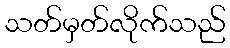
သတ်မှတ်လိုက်သည်